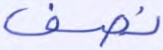
نصف